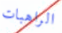
الراهبات